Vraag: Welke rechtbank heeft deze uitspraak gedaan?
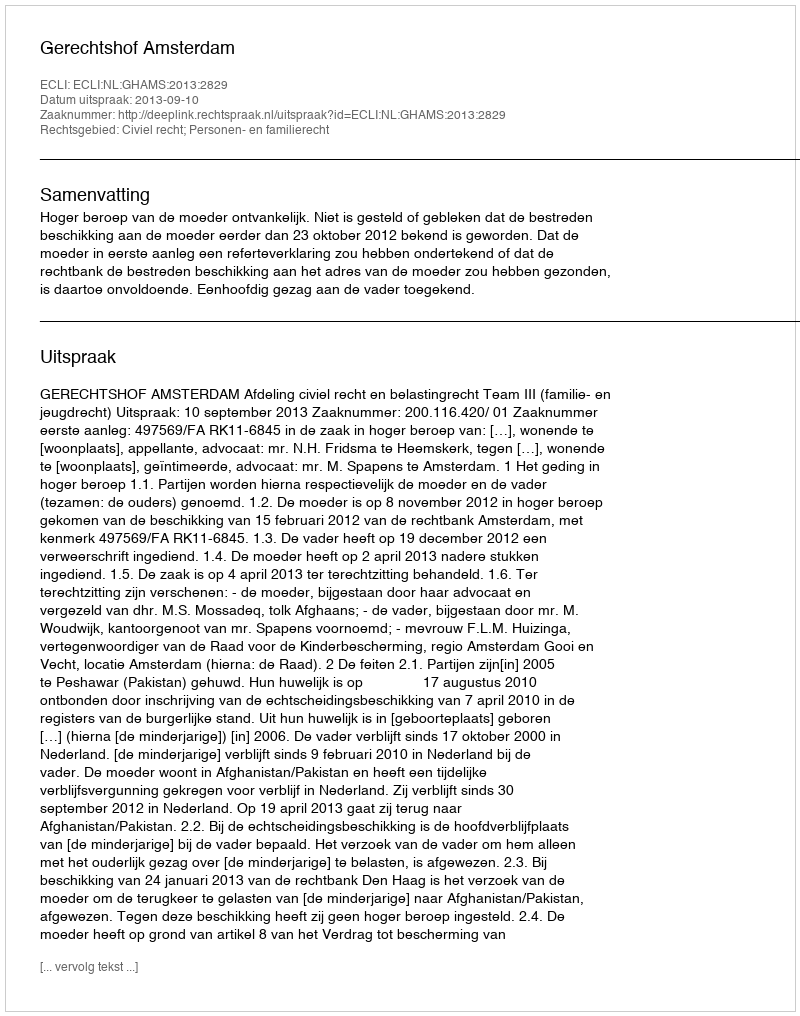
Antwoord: Gerechtshof Amsterdam